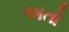
અતો